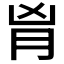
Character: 𦙄